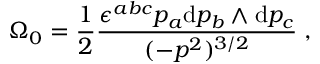
\Omega _ { 0 } = \frac { 1 } { 2 } \frac { \epsilon ^ { a b c } p _ { a } \mathrm { d } p _ { b } \land \mathrm { d } p _ { c } } { ( - p ^ { 2 } ) ^ { 3 / 2 } } \; ,